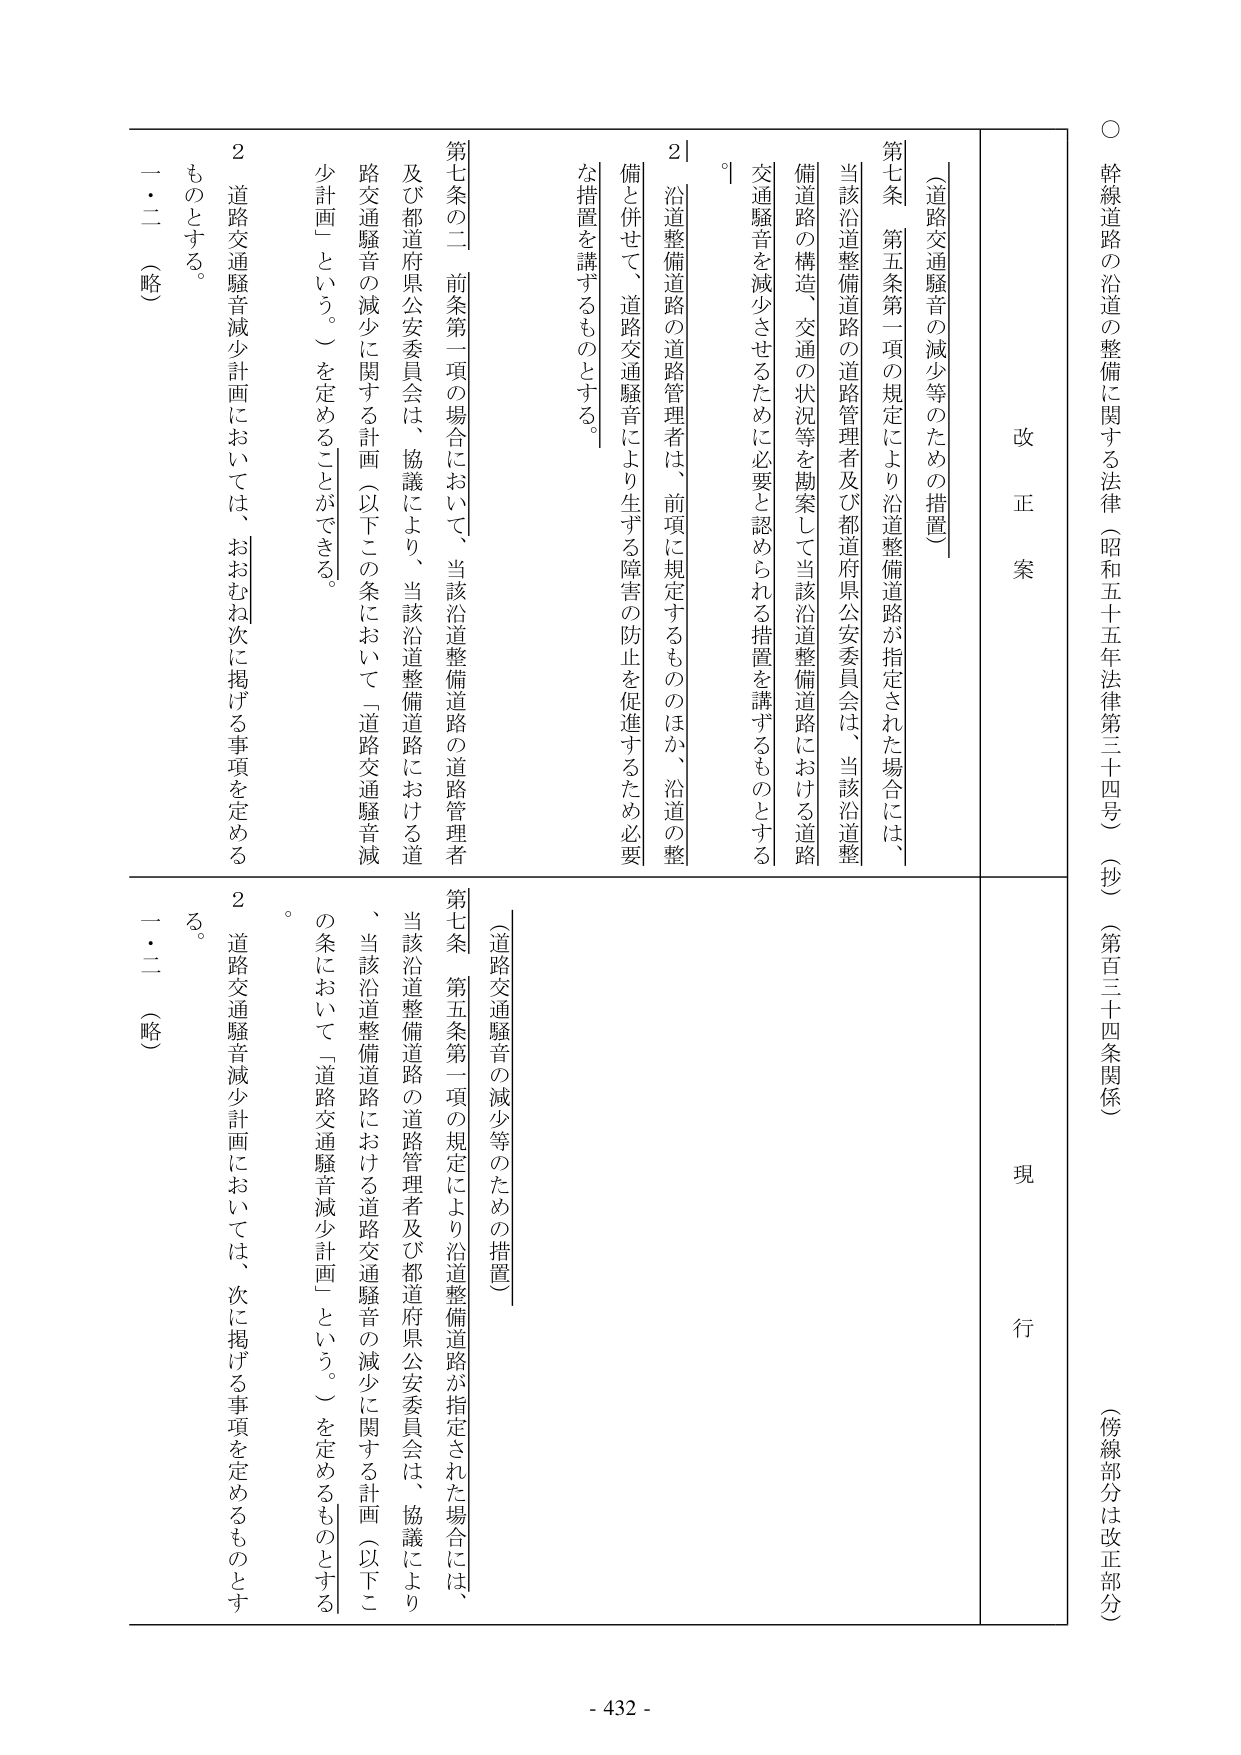
○ 幹線道路の沿道の整備に関する法律（昭和五十五年法律第三十四号）（抄）（第百三十四条関係）（傍線部分は改正部分）

改正案

（道路交通騒音の減少等のための措置）

第七条 第五条第一項の規定により沿道整備道路が指定された場合には、当該沿道整備道路の道路管理者及び都道府県公安委員会は、当該沿道整備道路の構造、交通の状況等を勘案して当該沿道整備道路における道路交通騒音を減少させるために必要と認められる措置を講ずるものとする。

２ 沿道整備道路の道路管理者は、前項に規定するもののほか、沿道の整備と併せて、道路交通騒音により生ずる障害の防止を促進するため必要な措置を講ずるものとする。

第七条の二 前条第一項の場合において、当該沿道整備道路の道路管理者及び都道府県公安委員会は、協議により、当該沿道整備道路における道路交通騒音の減少に関する計画（以下この条において「道路交通騒音減少計画」という。）を定めることができる。

２ 道路交通騒音減少計画においては、おおむね次に掲げる事項を定めるものとする。

一・二 （略）

現行

（道路交通騒音の減少等のための措置）

第七条 第五条第一項の規定により沿道整備道路が指定された場合には、当該沿道整備道路の道路管理者及び都道府県公安委員会は、協議により、当該沿道整備道路における道路交通騒音の減少に関する計画（以下この条において「道路交通騒音減少計画」という。）を定めるものとする。

２ 道路交通騒音減少計画においては、次に掲げる事項を定めるものとする。

一・二 （略）

- 432 -